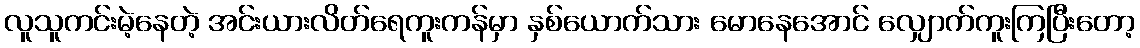
လူသူကင်းမဲ့နေတဲ့ အင်းယားလိတ်ရေကူးကန်မှာ နှစ်ယောက်သား မောနေအောင် လျှောက်ကူးကြပြီးတော့